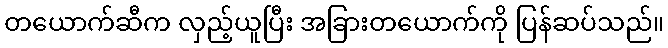
တယောက်ဆီက လှည့်ယူပြီး အခြားတယောက်ကို ပြန်ဆပ်သည်။